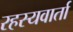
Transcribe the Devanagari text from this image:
रहस्यवार्ता